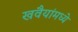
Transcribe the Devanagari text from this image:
खवैयांमध्ये